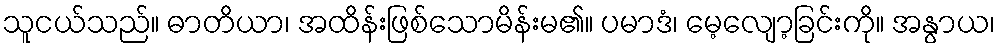
သူငယ်သည်။ ဓာတိယာ၊ အထိန်းဖြစ်သောမိန်းမ၏။ ပမာဒံ၊ မေ့လျော့ခြင်းကို။ အနွာယ၊